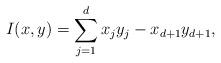
LaTeX: \begin{align*}I(x,y) = \sum_{j=1}^{d} x_{j} y_{j} - x_{d+1}y_{d+1}, \end{align*}